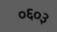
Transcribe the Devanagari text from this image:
०६०३